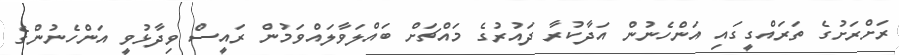
ރަށްރަށުގެ ތަރައްގީގައި އަންހެނުން އަދާކުރާ ދައުރުގެ މައްޗަށް ބައްލަވާލައްވަމުން ރައީސް ވިދާޅުވީ އަންހެނުންގެ